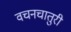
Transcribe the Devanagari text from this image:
वचनचातुरी